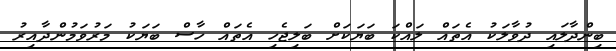
ބިންދާލައި ދުވާލަކު އެތައް ލައްކަ ބަޔަކަށް ބަލިޖެހި އެތައް ހާސް ބަޔަކު މަރުވަމުންދާއިރު